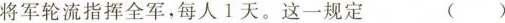
将军轮流指挥全军，每人1天。这一规定 ()